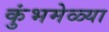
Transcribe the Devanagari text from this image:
कुंभमेळ्या